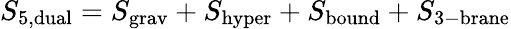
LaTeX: S_{\mathrm{5,dual}}=S_{\mathrm{grav}}+S_{\mathrm{hyper}}+S_{\mathrm{bound}}+S_{\mathrm{3-brane}}